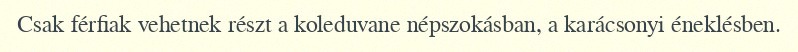
Csak férfiak vehetnek részt a koleduvane népszokásban, a karácsonyi éneklésben.